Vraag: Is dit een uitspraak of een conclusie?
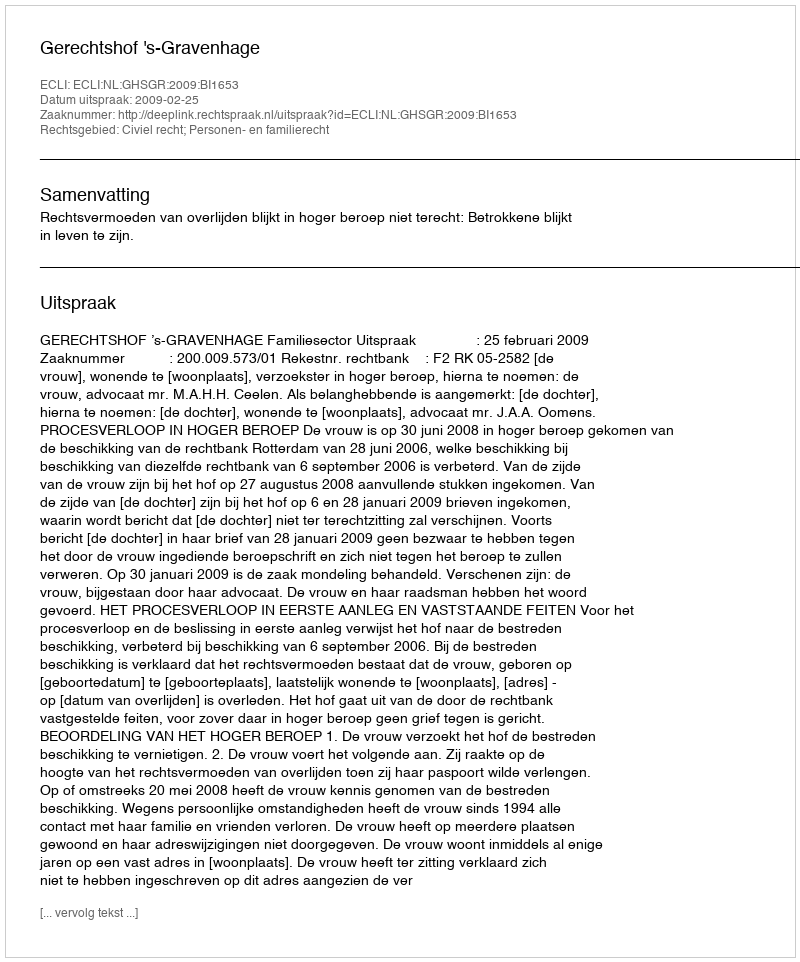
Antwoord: Uitspraak